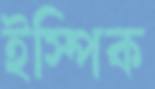
ইস্পিক